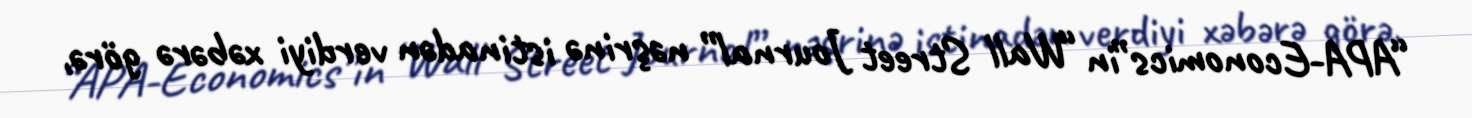
“APA-Economics”in “Wall Street Journal” nəşrinə istinadən verdiyi xəbərə görə,